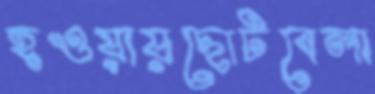
হওয়ায়ছোটবেলা